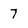
Character: 7